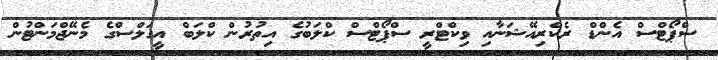
ސްޕޯޓްސް އެންޑް ރެކްރިއޭޝަނާއި ވިކްޓްރީ ސްޕޯޓްސް ކްލަބުގެ އިތުރުން ކްލަބް އީގަލްސްގެ މެނޭޖްމަންޓުން